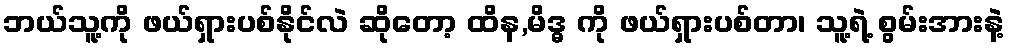
ဘယ်သူ့ကို ဖယ်ရှားပစ်နိုင်လဲ ဆိုတော့ ထိန,မိဒ္ဓ ကို ဖယ်ရှားပစ်တာ၊ သူ့ရဲ့ စွမ်းအားနဲ့